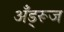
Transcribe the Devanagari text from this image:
अँड्रूज